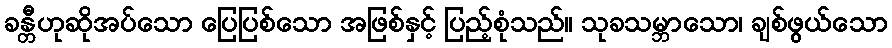
ခန္တီဟုဆိုအပ်သော ပြေပြစ်သော အဖြစ်နှင့် ပြည့်စုံသည်။ သုခသမ္ဘာသော၊ ချစ်ဖွယ်သော